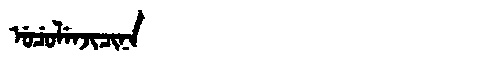
Manchu: ᡠᠴᡠᠯᡝᠨᠵᡳᠴᡳᠨᠠ
Romanization: UCULENJICINA